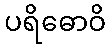
ပရိဓောဝိ